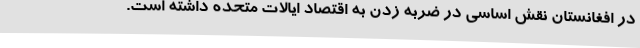
در افغانستان نقش اساسی در ضربه زدن به اقتصاد ایالات متحده داشته است.